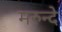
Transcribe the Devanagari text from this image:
मरुन्दे